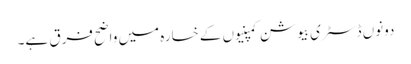
دونوں ڈسٹری بیوشن کمپنیوں کے خسارہ میں واضح فرق ہے۔